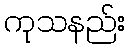
ကုသနည်း